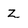
Character: z